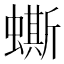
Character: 蟖